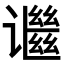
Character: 𬤬